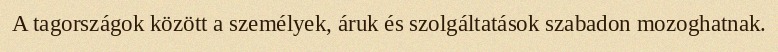
A tagországok között a személyek, áruk és szolgáltatások szabadon mozoghatnak.